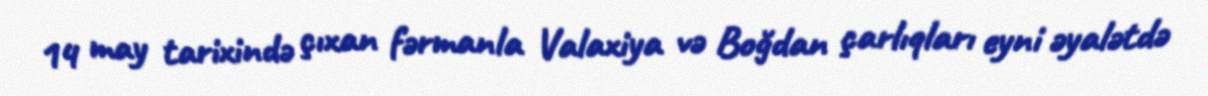
14 may tarixində çıxan fərmanla Valaxiya və Boğdan çarlıqları eyni əyalətdə